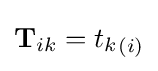
{\mathbf {T} }_{ik}={t_{k}}_{(i)}